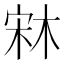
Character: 𣒐